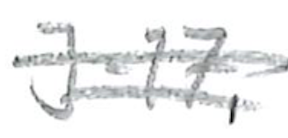
Text: J-17,
Cross-out: double-line
Writing tool: pencil